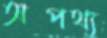
অপথ্য